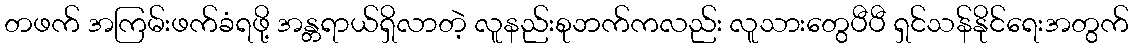
တဖက် အကြမ်းဖက်ခံရဖို့ အန္တရာယ်ရှိလာတဲ့ လူနည်းစုဘက်ကလည်း လူသားတွေပီပီ ရှင်သန်နိုင်ရေးအတွက်